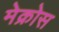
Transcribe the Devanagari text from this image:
मेक्रोस